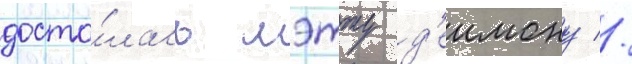
доста́лась мэтту д'еимону //